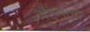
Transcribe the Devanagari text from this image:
हॉटेलांचा